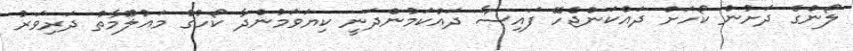
ލޯންގެ ދަށުން ކޯހަށް ދައްކަންޖެހޭ ފައިސާ ދައްކަމުންދަނީ ކިޔަވަމުންދާ ކޯހުގެ މައުލޫމާތު ދަރިވަރު